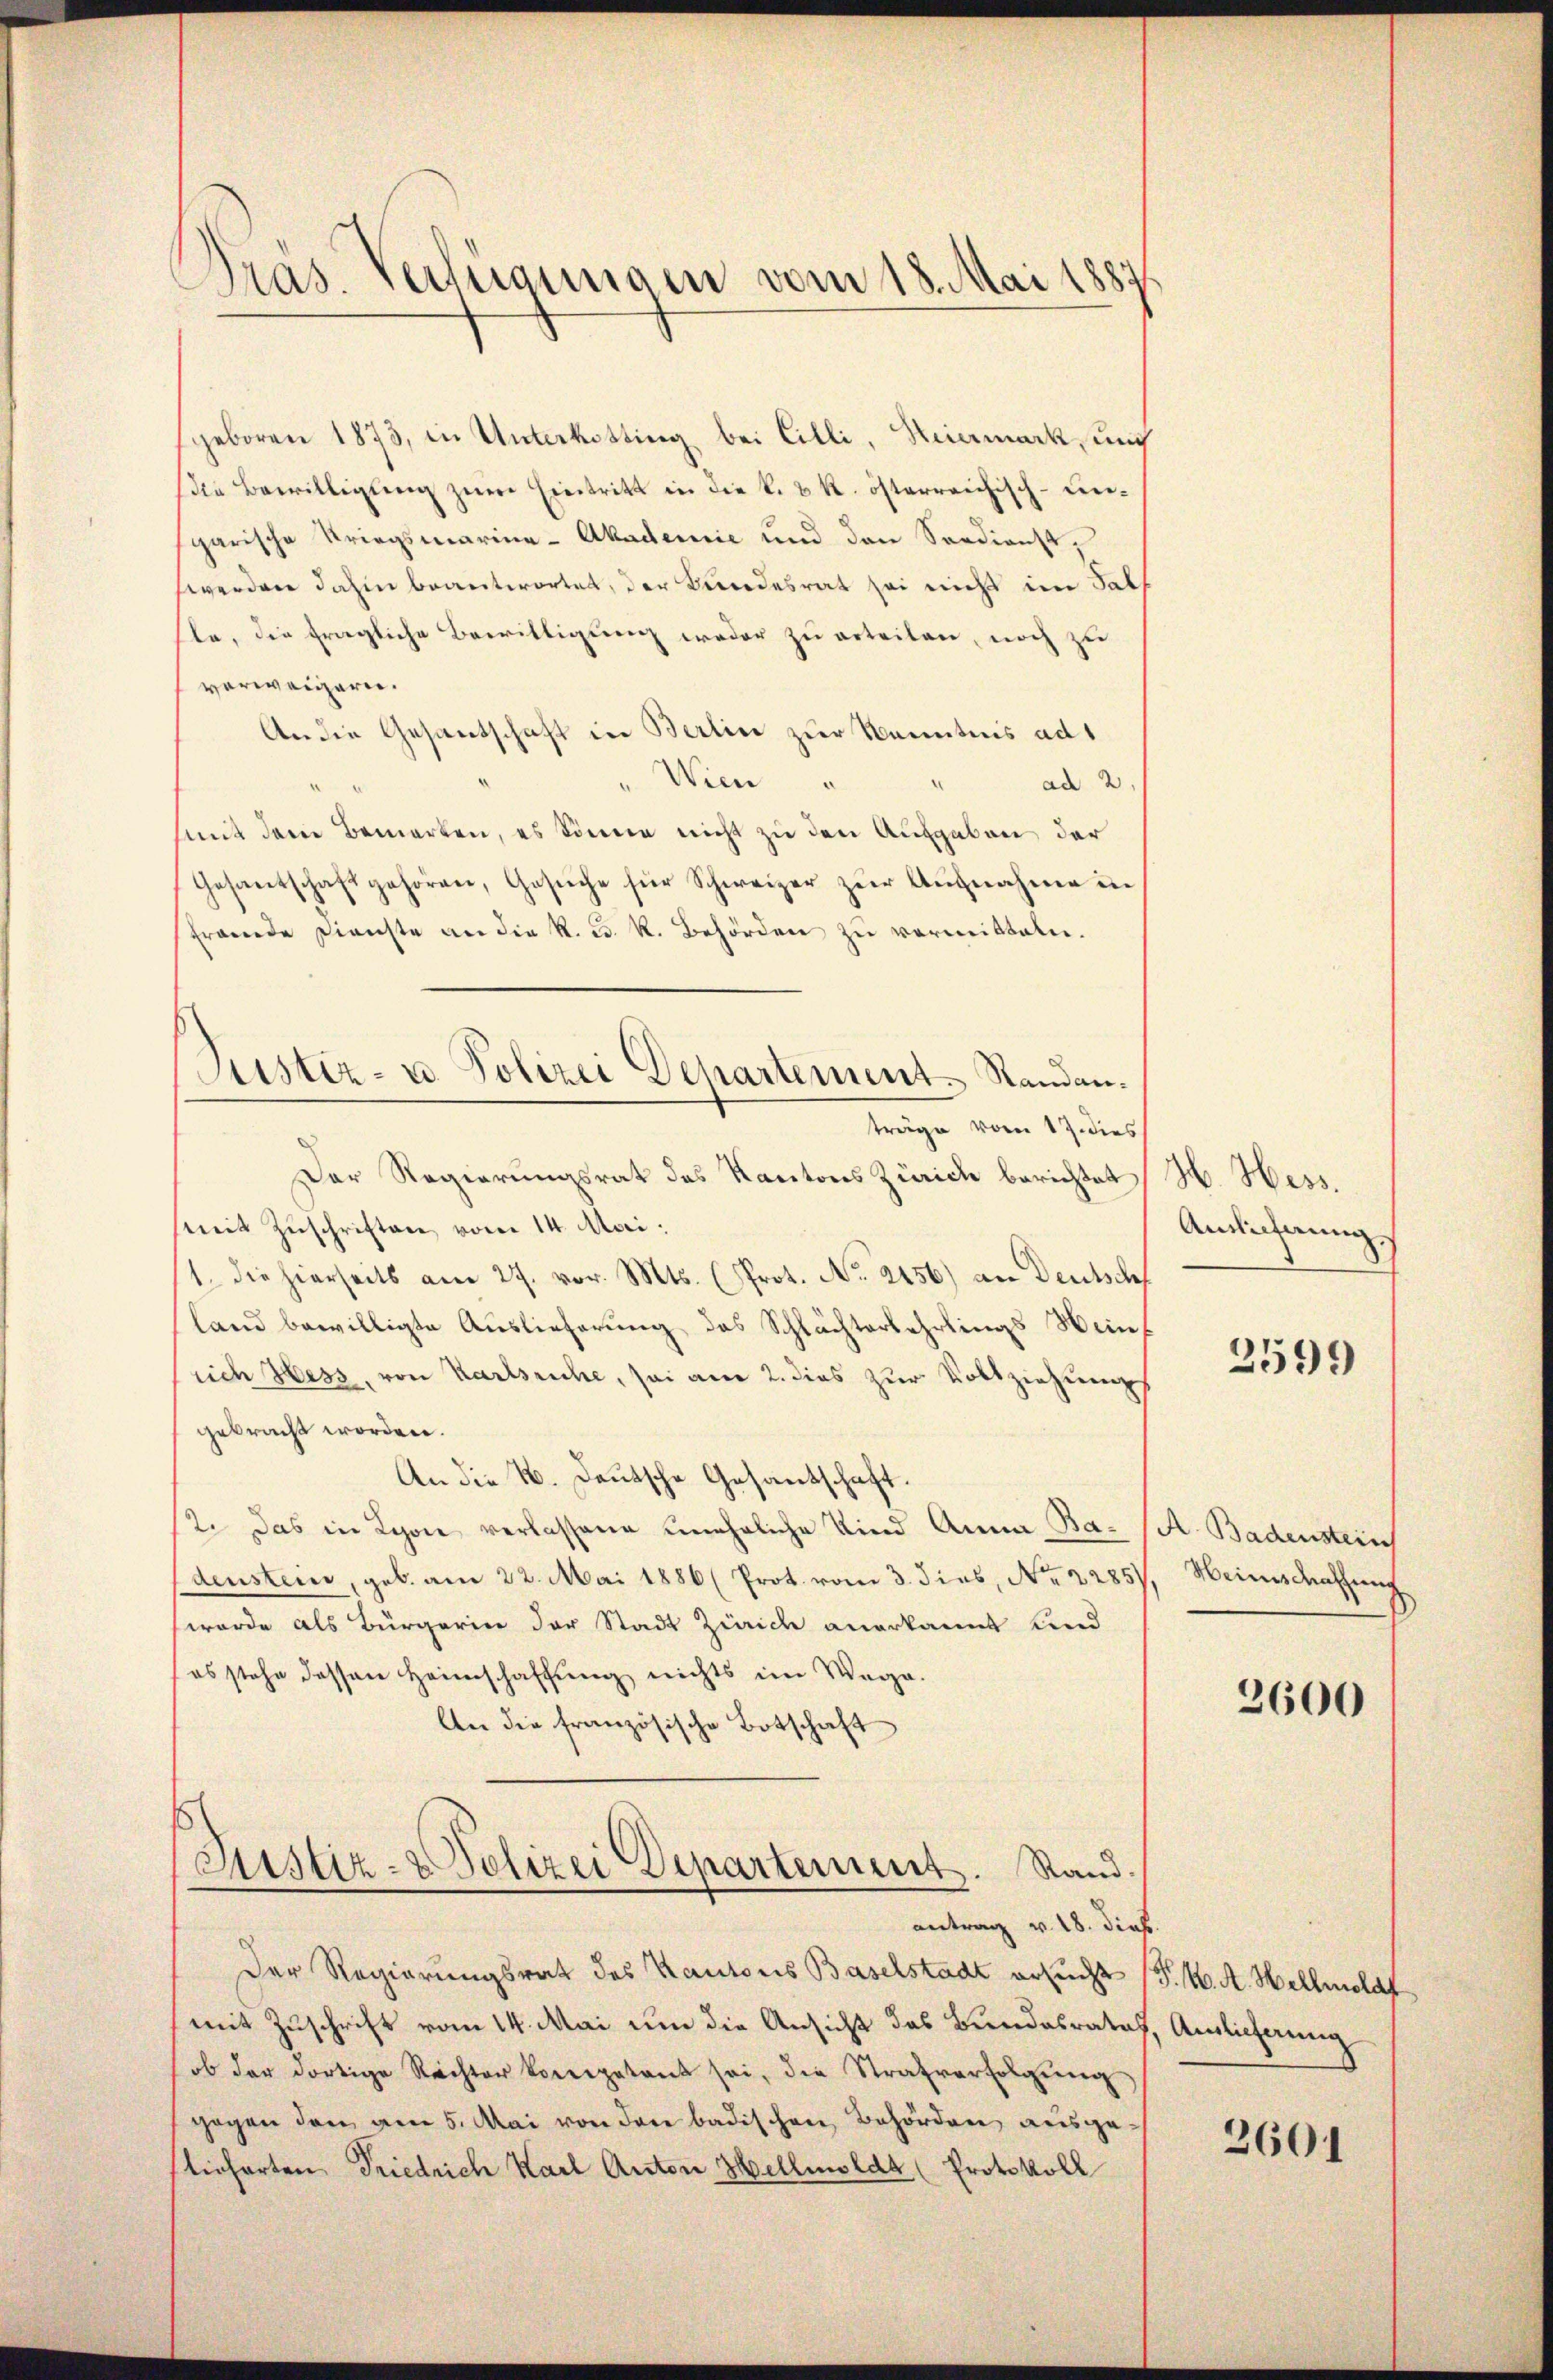
Präs. Verfügungen vom 18. Mai 1887

geboren 1873, in Unterkotting bei Cilli, Heimark, auch
(die Bewilligung zum Eintritt in die k. k. österreichisch-Liesgarische Kriegsmarina-Akademie und den Sardienst,
werden dahin beantwortet, der Bundesrat sei nicht im Sals
le, die fragliche Bewilligung weder zu erteilen, noch zu
verweigern.
An die Gesantschaft in Berlin zur Kenntnis ad 1
Wien "
ad 2
mit dem Bemerken, es könne nicht zu den Aufgaben der
Gesantschaft gehören, Gesŭche für Schweizer zŭr Aŭfnahme in
Frande Dienste an die R. C. R. Behörden zu vermitteln.
träge vom 17. dies
Der Regierungsrat des Kantons Zürich berichtet H. Hess.
mit Zŭschriften vom 14. Mai:
1. die hierseits am 27. vor. Mts. (Prot. No. 2456) an Deutsche
land bewilligte Auslieferung des Schlächterlehrlings Weinsich Hess, von Karlsruhe, sei am 2. dies zur Vollziehungs
gebracht worden.
An die 4. Deutsche Gesandschaft.
2. Das in Lyon verlassene unehrliche Kind Anna Ba- (A. Badensteinch
denstein, geb. am 22. Mai 1886 (Prot. vom 3. dies, No. 2285), Weinschaffung
wurde als Bürgerin der Stadt Zürich anerkannt und
es stehe dessen Heimschaffung nichts im Wege.
An die französische Botschaft
Justiz- & Polizei Departement. Stand.
antrag v. 18. dieß.
Der Regierungsrat des Kantons Baselstadt ersucht (T. K. A. Hellmeldt
mit Zuschrift vom 14. Mai um die Ansicht das Bundesrates, Amlicherung
ob der dortige Rechter kompetent sei, die Strafverfolgŭng
gegen den am 5. Mai von der badischen Behörden ausgelieferten Friedrich Karl Anton Hellmoldt (Protokoll

Justiz- u Polizei Departement. Randan¬

Anlieferung

2599

3600

2601